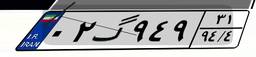
۰۲گ۹۴۹۳۱